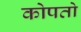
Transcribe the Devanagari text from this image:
कोपतो